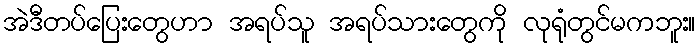
အဲဒီတပ်ပြေးတွေဟာ အရပ်သူ အရပ်သားတွေကို လုရုံတွင်မကဘူး။